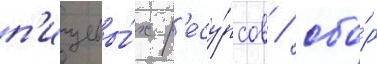
п'ищевы́х р'есу́рсов / сбо́р